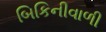
બિકિનીવાળી